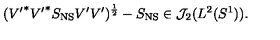
( { V ^ { \prime } } ^ { * } { V ^ { \prime } } ^ { * } S _ { \mathrm { N S } } V ^ { \prime } V ^ { \prime } ) ^ { \frac { 1 } { 2 } } - S _ { \mathrm { N S } } \in { \cal J } _ { 2 } ( L ^ { 2 } ( S ^ { 1 } ) ) .